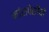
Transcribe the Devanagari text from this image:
मांसपेशीयो